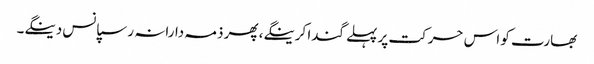
بھارت کو اس حرکت پر پہلے گندا کرینگے، پھر ذمہ دارانہ رسپانس دینگے۔